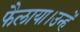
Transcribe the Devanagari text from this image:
फैलाया।उन्हें